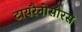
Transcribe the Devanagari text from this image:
टायरैनोसौरस